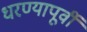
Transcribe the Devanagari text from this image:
धरण्यापूर्वी